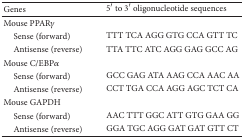
| Genes | 5′ to 3′ oligonucleotide sequences |
 | --- | --- |
 | Mouse PPARγ |  |
 | Sense (forward) | TTT TCA AGG GTG CCA GTT TC |
 | Antisense (reverse) | TTA TTC ATC AGG GAG GCC AG |
 | Mouse C/EBPα |  |
 | Sense (forward) | GCC GAG ATA AAG CCA AAC AA |
 | Antisense (reverse) | CCT TGA CCA AGG AGC TCT CA |
 | Mouse GAPDH |  |
 | Sense (forward) | AAC TTT GGC ATT GTG GAA GG |
 | Antisense (reverse) | GGA TGC AGG GAT GAT GTT CT |